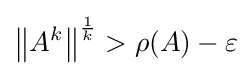
\left\|A^{k}\right\|^{\frac {1}{k}}>\rho (A)-\varepsilon